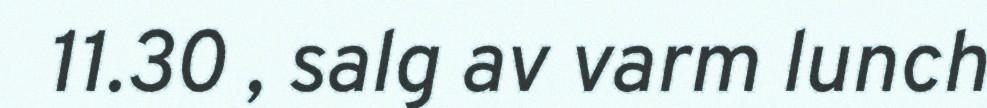
11.30 , salg av varm lunch